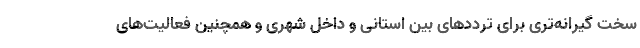
سخت گیرانه‌تری برای ترددهای بین استانی و داخل شهری و همچنین فعالیت‌های